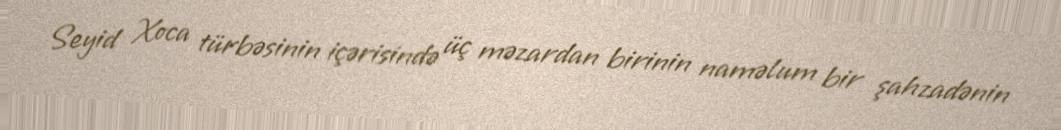
Seyid Xoca türbəsinin içərisində üç məzardan birinin naməlum bir şahzadənin